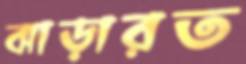
ঝাড়ারত